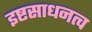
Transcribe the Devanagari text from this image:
इष्टसाधनत्व